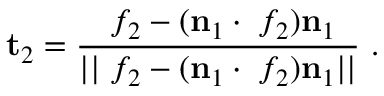
\mathbf { t } _ { 2 } = \frac { \mathbf { \nabla } f _ { 2 } - ( \mathbf { n } _ { 1 } \cdot \mathbf { \nabla } f _ { 2 } ) \mathbf { n } _ { 1 } } { | | \mathbf { \nabla } f _ { 2 } - ( \mathbf { n } _ { 1 } \cdot \mathbf { \nabla } f _ { 2 } ) \mathbf { n } _ { 1 } | | } \mathrm { ~ . ~ }